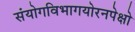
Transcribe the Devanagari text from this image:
संयोगविभागयोरनपेक्षो